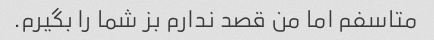
متاسفم اما من قصد ندارم بز شما را بگیرم.